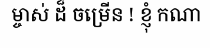
ម្ចាស់ ដ៏ ចម្រើន ! ខ្ញុំ កណា